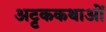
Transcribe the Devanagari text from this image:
अट्टककथाओं